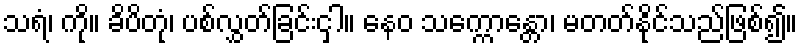
သရံ၊ ကို။ ခိပိတုံ၊ ပစ်လွှတ်ခြင်းငှါ။ နေဝ သက္ကောန္တော၊ မတတ်နိုင်သည်ဖြစ်၍။